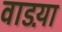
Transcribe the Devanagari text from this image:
वाडय़ा